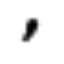
,